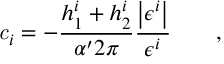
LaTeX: { \it c } _ { i } = - \frac { h _ { 1 } ^ { i } + h _ { 2 } ^ { i } } { \alpha ^ { \prime } 2 \pi } \frac { \left| \epsilon ^ { i } \right| } { \epsilon ^ { i } } \qquad ,